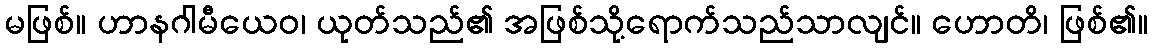
မဖြစ်။ ဟာနဂါမီယေဝ၊ ယုတ်သည်၏ အဖြစ်သို့ရောက်သည်သာလျင်။ ဟောတိ၊ ဖြစ်၏။